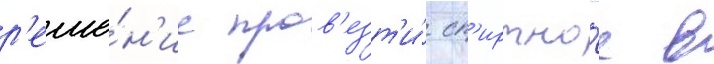
р'еше́н'ие пров'езт'и́ сп'иртно́е в